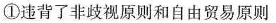
①违背了非歧视原则和自由贸易原则